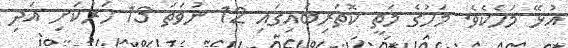
އުޅޭ މަހެކެވެ. މަހުގެ މަތީ ކޮތަރިބައިގައި 12 ނުވަތަ 13 ހަރުކަށި އަދި